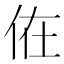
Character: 𠈚